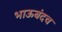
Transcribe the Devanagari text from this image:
भाऊबंदच